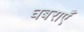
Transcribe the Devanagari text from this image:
घबराएँ